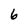
Character: 6